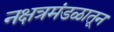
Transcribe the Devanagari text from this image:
नक्षत्रमंडळातून